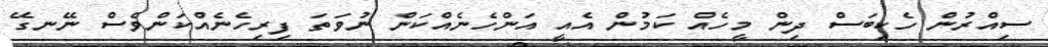
ސިއްރުން ހެކިބަސް ދިން މީހެއް ކަމުން އެއީ އަންހެނެއްކަން ނުވަތަ ފިރިހެނެއްކަންވެސް ނޭނގޭ